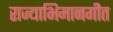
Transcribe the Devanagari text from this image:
राज्याभिमानगीत